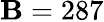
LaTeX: \mathbf{B}=287